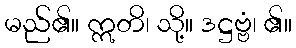
မည်၏။ ဣတိ၊ သို့။ ဒဋ္ဌဗ္ဗံ၊ ၏။